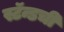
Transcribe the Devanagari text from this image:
स्टॅन्डची